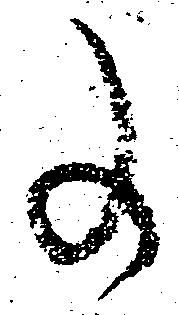
事